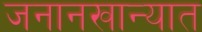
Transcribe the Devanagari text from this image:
जनानखान्यात